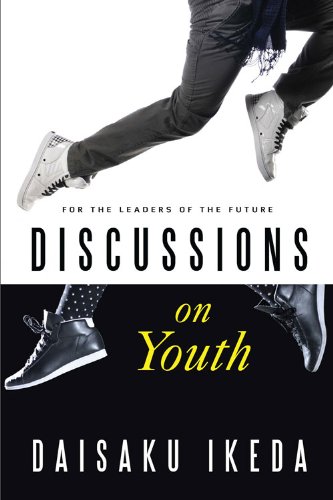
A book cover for Discussions on Youth: For the Leaders of the Future; Daisaku Ikeda; Teen & Young Adult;